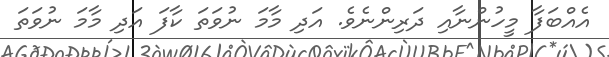
އެއްބަފާ މީހުންނާއި ދަރިންނެވެ. އަދި މާމަ ނުވަތަ ކާފަ އަދި މާމަ ނުވަތަ